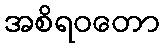
အစိရဝတော